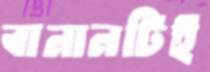
বানানটিই